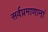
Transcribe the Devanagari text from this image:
सर्वप्रमाणानां